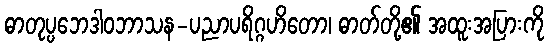
ဓာတုပ္ပဘေဒါဝဘာသန-ပညာပရိဂ္ဂဟိတော၊ ဓာတ်တို့၏ အထူးအပြားကို